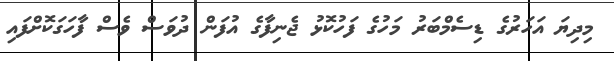
މިދިޔަ އަހަރުގެ ޑިސެމްބަރު މަހުގެ ފަހުކޮޅު ޖެނިފާގެ އުފަން ދުވަސް ވެސް ފާހަގަކޮށްފައި